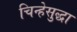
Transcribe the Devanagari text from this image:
चिन्हेसुद्धा